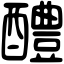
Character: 醴